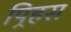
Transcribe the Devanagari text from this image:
पिर्‍हस